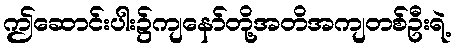
ဤဆောင်းပါး၌ကျနော်တို့အတိအကျတစ်ဦးရဲ့